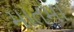
માતમા